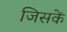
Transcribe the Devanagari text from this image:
जिसकें